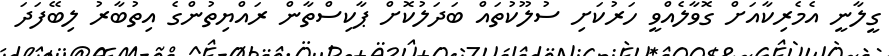
ގީލާނީ އެމެރިކާއަށް ގޮވާލެއްވީ ހަރުކަށި ސުލޫކުތައް ބަދަލުކޮށް ޕާކިސްތާން ރައްޔިތުންގެ އިތުބާރު ލިބޭފަދަ